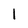
Character: 1